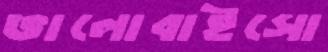
ভালোবাইসো